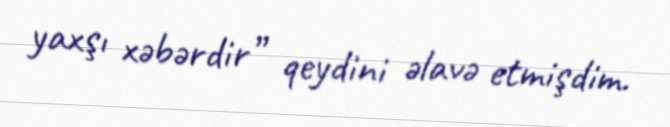
yaxşı xəbərdir” qeydini əlavə etmişdim.